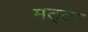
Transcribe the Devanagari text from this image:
मट्‌ठा